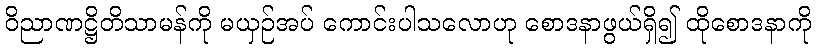
ဝိညာဏဋ္ဌိတိသာမန်ကို မယှဉ်အပ် ကောင်းပါသလောဟု စောဒနာဖွယ်ရှိ၍ ထိုစောဒနာကို